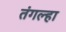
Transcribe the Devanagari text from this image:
तंगल्हा